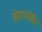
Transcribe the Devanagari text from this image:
चेदाप्नोति